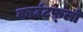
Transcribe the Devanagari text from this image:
काउंटफ़्लो